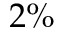
2 \%